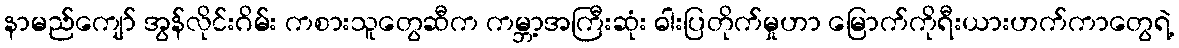
နာမည်ကျော် အွန်လိုင်းဂိမ်း ကစားသူတွေဆီက ကမ္ဘာ့အကြီးဆုံး ဓါးပြတိုက်မှုဟာ မြောက်ကိုရီးယားဟက်ကာတွေရဲ့